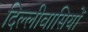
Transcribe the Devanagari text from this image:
दिल्लीवासियों